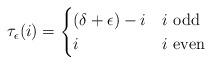
LaTeX: \begin{align*}\tau_\epsilon(i)&=\begin{cases}(\delta+\epsilon)-i&\mbox{$i$ odd}\\i &\mbox{$i$ even}\end{cases}\end{align*}